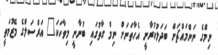
ނިމްގެ ނަންމައްޗަށް ބަދަލުކުރާނީ އެހާތަނަށް ނިމް ގާތުގައި ބުނާނީ މިވާހަކަ" އަރްސަލްގެ މޭޒުމަތީ